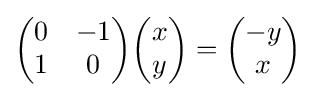
{\begin{pmatrix}0&-1\\1&0\end{pmatrix}}{\begin{pmatrix}x\\y\end{pmatrix}}={\begin{pmatrix}-y\\x\end{pmatrix}}